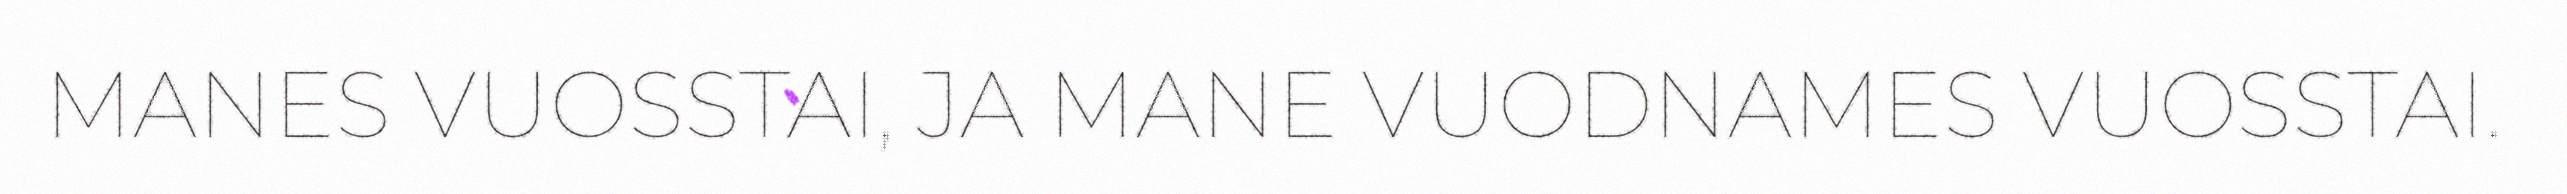
MANES VUOSSTAI, JA MANE VUODNAMES VUOSSTAI.